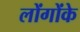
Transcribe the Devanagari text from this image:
लोंगोंके